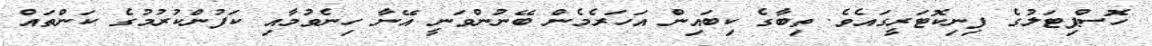
ހޮސްޕިޓަލުގެ ފިނިކޮޓަރީގައެވެ. ތިބާގެ ކިބައިން އަހަރެމެން ބޭނުންވަނީ އޭނާ ހިނެވުމާއި ކަފުންކުރުމުގެ ކަންތައް